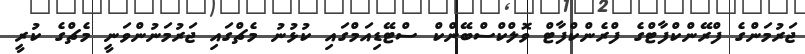
ޖަރުމަންގެ ފްރޭންކްފާޓްގެ ފްރެންކްފާޓް ވޮލްކްސްބޭންކް ސްޓޭޑިއަމްގައި ކުޅުނު މެޗްގައި ޖަރުމަނުންވަނީ މެޗްގެ ކުރީ